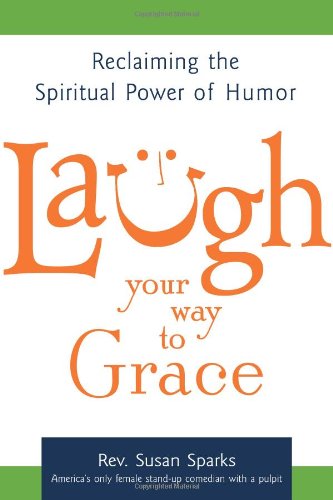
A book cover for Laugh Your Way to Grace: Reclaiming the Spiritual Power of Humor; Rev. Susan Sparks; Humor & Entertainment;